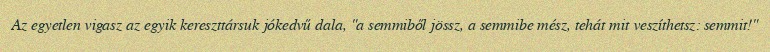
Az egyetlen vigasz az egyik kereszttársuk jókedvű dala, "a semmiből jössz, a semmibe mész, tehát mit veszíthetsz: semmit!"